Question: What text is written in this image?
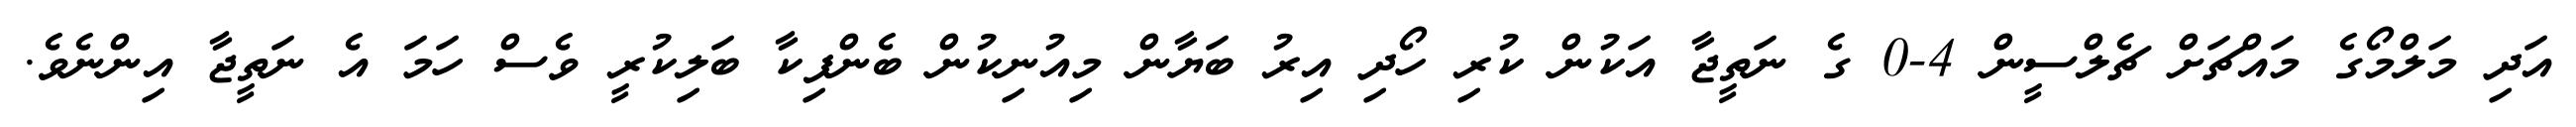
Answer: އަދި މަލްމޯގެ މައްޗަށް ޗެލްސީން 4-0 ގެ ނަތީޖާ އަކުން ކުރި ހޯދި އިރު ބަޔާން މިއުނިކުން ބެންފިކާ ބަލިކުރީ ވެސް ހަމަ އެ ނަތީޖާ އިންނެވެ.